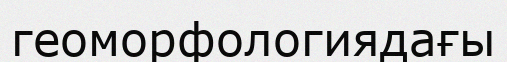
геоморфологиядағы